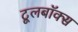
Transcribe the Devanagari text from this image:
टूलबॉक्स